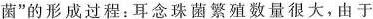
菌”的形成过程:耳念珠菌繁殖数最很大，由于